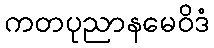
ကတပုညာနမေဝိဒံ